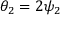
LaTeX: \theta _ { 2 } = 2 \psi _ { 2 }